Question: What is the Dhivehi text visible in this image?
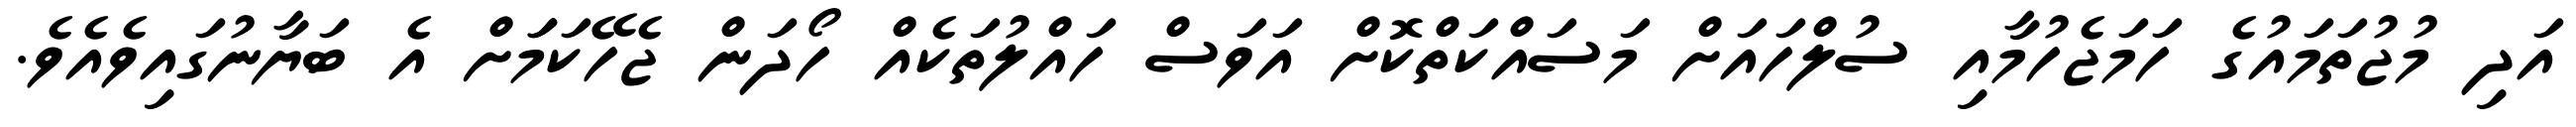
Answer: އަދި މުޖުތަމައުގެ ހަމަޖެހުމާއި ސުލްހައަށް މަސައްކަތްކޮށް އަވަސް ހައްލުތަކެއް ހޯދަން ޖެހޭކަމަަށް އެ ބަޔާނުގައިވެއެވެ.